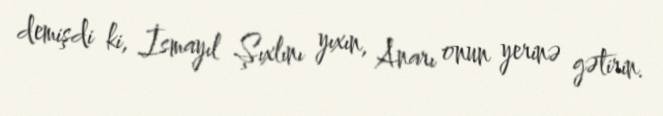
demişdi ki, İsmayıl Şıxlını yıxın, Anarı onun yerinə gətirin.